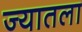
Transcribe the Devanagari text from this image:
ज्यातला